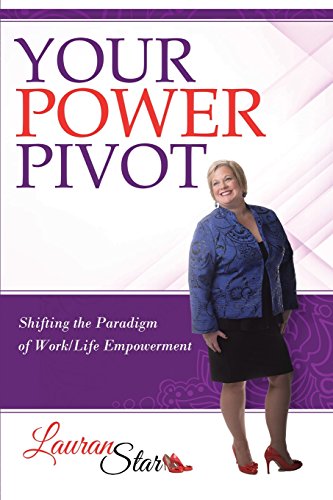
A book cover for Your Power Pivot; Lauran Star; Business & Money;